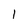
Character: 1